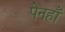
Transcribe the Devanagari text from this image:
पेनहाँ